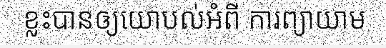
ខ្លះបានឲ្យយោបល់អំពី ការព្យាយាម